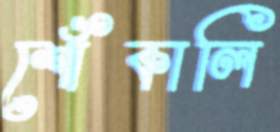
শোঁকালি